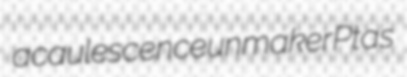
acaulescence unmaker Ptas